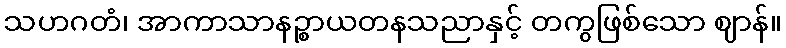
သဟဂတံ၊ အာကာသာနဉ္စာယတနသညာနှင့် တကွဖြစ်သော ဈာန်။